Subject: physics
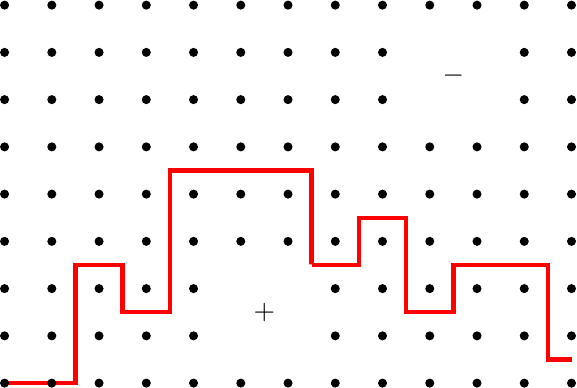
LaTeX code:
\begin{tikzpicture}[scale=.6]
\draw [ultra thick, red] (0,0)--(1.5, 0) -- (1.5,2.5) -- (2.5,2.5) --(2.5,1.5) -- (3.5, 1.5)--(3.5, 4.5)--
(6.5, 4.5)--(6.5, 2.5)--(7.5,2.5)--(7.5, 3.5) -- (8.5, 3.5) --(8.5, 1.5)--(9.5, 1.5)--(9.5, 2.5)--(10.5, 2.5)--
(11.5, 2.5)--(11.5, 0.5)--(12, 0.5);
\foreach \i in {0,...,8}{
  	\foreach \j in {0,...,12}{
		\node[draw,circle,inner sep=1pt,fill] at (\j,\i) {};
	}
	\fill[white] (4.5,0.5)--(4.5,2.5)--(6.5,2.5)--(6.5,0.5)--(4.5,0.5);
	\node at (5.5, 1.5) {$+$};
	\fill[white] (8.5,5.5)--(8.5,7.5)--(10.5,7.5)--(10.5,5.5)--(8.5,5.5);
	\node at (9.5, 6.5) {$-$};
	}
\end{tikzpicture}